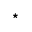
^ \star